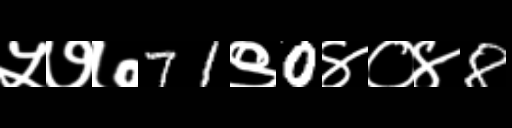
Text: ५७७71९0४०४8